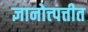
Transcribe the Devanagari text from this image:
ज्ञानोत्त्पत्तीत